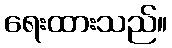
ရေးထားသည်။